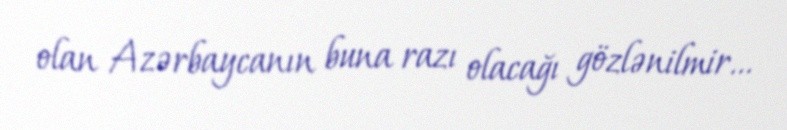
olan Azərbaycanın buna razı olacağı gözlənilmir...